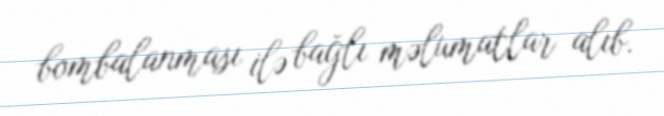
bombalanması ilə bağlı məlumatlar alıb.